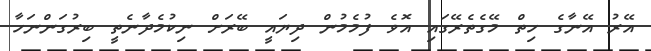
އޭރު އޭނާގެ ހިތް މޭގެތެރޭގައި އޮވެ ފުމެމުން ދިޔައީ ބޭރަށް ނިކުމެދާނެތީ ބިރުގަންނަހާ